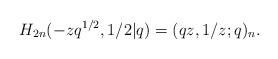
LaTeX: \begin{align*}H_{2n}(-zq^{1/2},1/2|q)= (qz,1/z;q)_n.\end{align*}